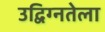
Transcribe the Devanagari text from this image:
उद्विग्नतेला